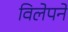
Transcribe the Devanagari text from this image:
विलेपने